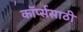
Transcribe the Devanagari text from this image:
कॉर्प्ससाठी